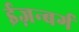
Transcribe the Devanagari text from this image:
ईज़न्बर्ग